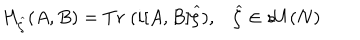
H _ { \widehat { \zeta } } ( A , B ) = T r \; ( i [ A , B ] \widehat { \zeta } ) , \widehat { \zeta } \in s U ( N ) \,